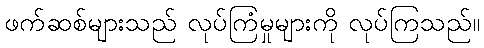
ဖက်ဆစ်များသည် လုပ်ကြံမှုများကို လုပ်ကြသည်။